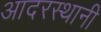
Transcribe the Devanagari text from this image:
आदरस्थानी